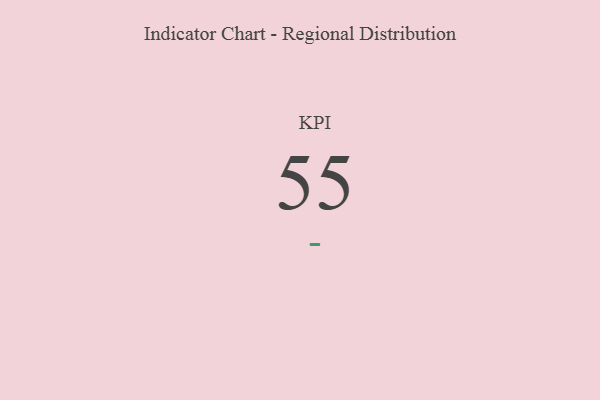
{"axis": {"x": "KPI", "y": "Value"}, "legend": [""], "data": [{"x": "KPI", "y": 55, "type": ""}]}